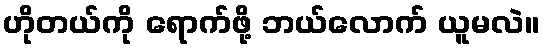
ဟိုတယ်ကို ရောက်ဖို့ ဘယ်လောက် ယူမလဲ။